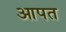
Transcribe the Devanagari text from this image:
आपत